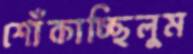
শোঁকাচ্ছিলুম